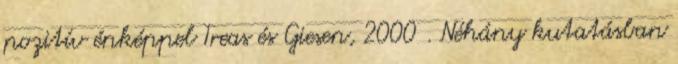
pozitív énképpel Treas és Giesen, 2000 . Néhány kutatásban